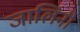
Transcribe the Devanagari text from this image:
जालिनी